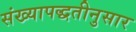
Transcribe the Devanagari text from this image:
संख्यापद्धतीनुसार